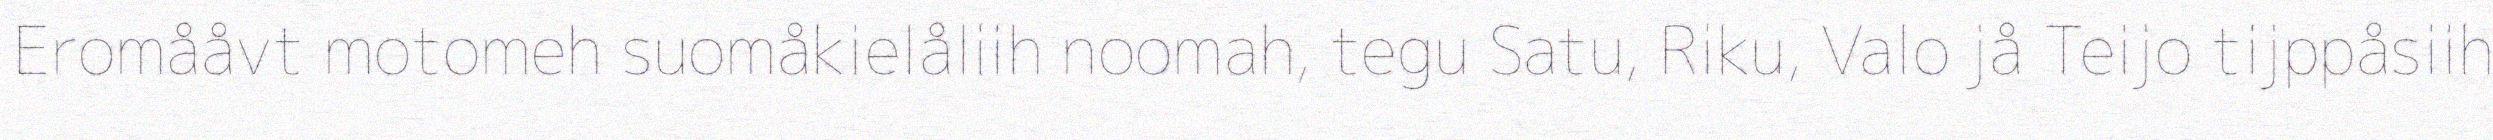
Eromååvt motomeh suomåkielåliih noomah, tegu Satu, Riku, Valo jå Teijo tijppåsiih